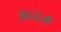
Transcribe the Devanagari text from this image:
३८८७